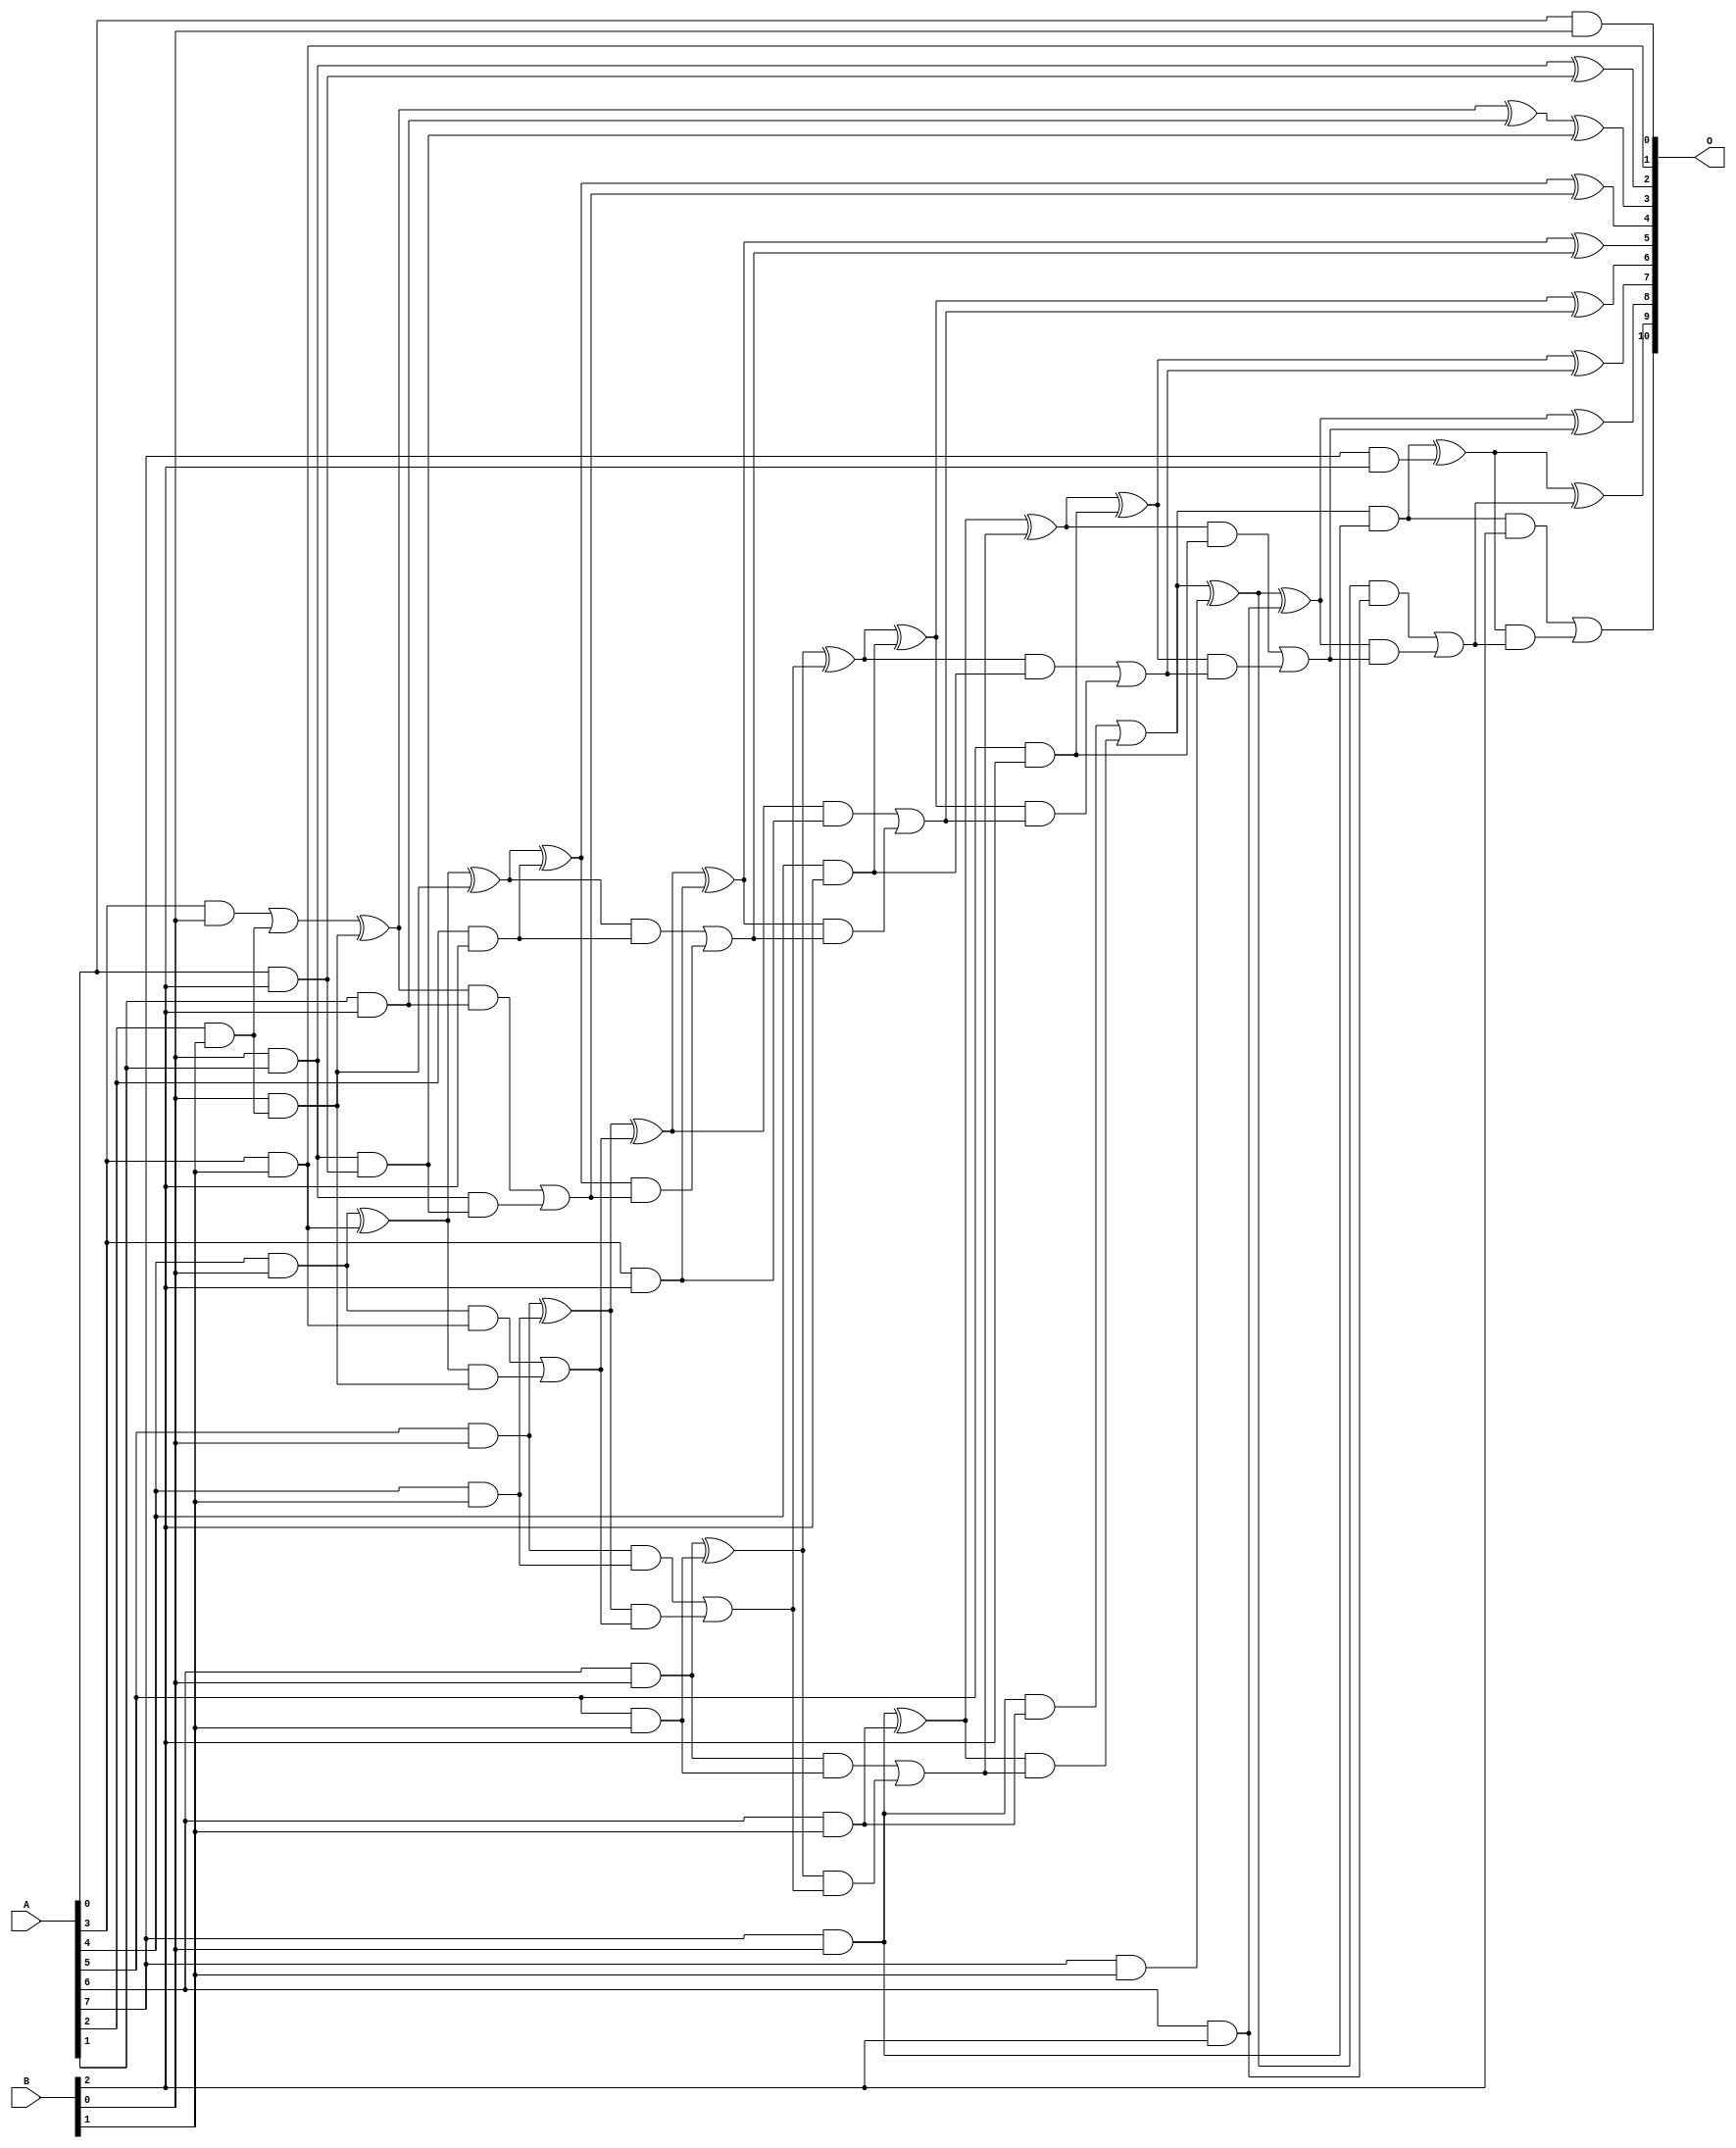
// This program was cloned from: https://github.com/ehw-fit/evoapproxlib
// License: MIT License

/***
* This code is a part of EvoApproxLib library (ehw.fit.vutbr.cz/approxlib) distributed under The MIT License.
* When used, please cite the following article(s): V. Mrazek, L. Sekanina, Z. Vasicek "Libraries of Approximate Circuits: Automated Design and Application in CNN Accelerators" IEEE Journal on Emerging and Selected Topics in Circuits and Systems, Vol 10, No 4, 2020 
* This file contains a circuit from a sub-set of pareto optimal circuits with respect to the pwr and mre parameters
***/
// MAE% = 0.082 %
// MAE = 1.7 
// WCE% = 0.29 %
// WCE = 6.0 
// WCRE% = 100.00 %
// EP% = 56.25 %
// MRE% = 1.71 %
// MSE = 6.0 
// PDK45_PWR = 0.067 mW
// PDK45_AREA = 186.8 um2
// PDK45_DELAY = 0.80 ns

module mul8x3u_1TK (
    A,
    B,
    O
);

input [7:0] A;
input [2:0] B;
output [10:0] O;

wire sig_11,sig_14,sig_15,sig_16,sig_17,sig_18,sig_21,sig_22,sig_23,sig_24,sig_25,sig_26,sig_30,sig_32,sig_34,sig_35,sig_37,sig_39,sig_40,sig_41;
wire sig_42,sig_43,sig_44,sig_45,sig_46,sig_47,sig_48,sig_49,sig_50,sig_51,sig_52,sig_53,sig_54,sig_55,sig_56,sig_57,sig_58,sig_59,sig_60,sig_61;
wire sig_62,sig_63,sig_64,sig_65,sig_66,sig_67,sig_68,sig_69,sig_70,sig_71,sig_72,sig_73,sig_74,sig_75,sig_76,sig_77,sig_78,sig_79,sig_80,sig_81;
wire sig_82,sig_83,sig_84,sig_85,sig_86,sig_87,sig_88,sig_89,sig_90,sig_91,sig_92,sig_93,sig_94,sig_95,sig_96,sig_97,sig_98,sig_99,sig_100,sig_101;
wire sig_102,sig_103,sig_104,sig_105;

assign sig_11 = A[0] & B[0];
assign sig_14 = A[3] & B[0];
assign sig_15 = A[4] & B[0];
assign sig_16 = A[5] & B[0];
assign sig_17 = A[6] & B[0];
assign sig_18 = A[7] & B[0];
assign sig_21 = A[2] & B[1];
assign sig_22 = A[3] & B[1];
assign sig_23 = A[4] & B[1];
assign sig_24 = A[5] & B[1];
assign sig_25 = A[6] & B[1];
assign sig_26 = A[7] & B[1];
assign sig_30 = B[0] & sig_21;
assign sig_32 = B[0] & A[1];
assign sig_34 = sig_14 | sig_21;
assign sig_35 = B[0] & sig_21;
assign sig_37 = sig_34 ^ sig_30;
assign sig_39 = sig_15 ^ sig_22;
assign sig_40 = sig_15 & sig_22;
assign sig_41 = sig_39 & sig_35;
assign sig_42 = sig_39 ^ sig_35;
assign sig_43 = sig_40 | sig_41;
assign sig_44 = sig_16 ^ sig_23;
assign sig_45 = sig_16 & sig_23;
assign sig_46 = sig_44 & sig_43;
assign sig_47 = sig_44 ^ sig_43;
assign sig_48 = sig_45 | sig_46;
assign sig_49 = sig_17 ^ sig_24;
assign sig_50 = sig_17 & sig_24;
assign sig_51 = sig_49 & sig_48;
assign sig_52 = sig_49 ^ sig_48;
assign sig_53 = sig_50 | sig_51;
assign sig_54 = sig_18 ^ sig_25;
assign sig_55 = sig_18 & sig_25;
assign sig_56 = sig_54 & sig_53;
assign sig_57 = sig_54 ^ sig_53;
assign sig_58 = sig_55 | sig_56;
assign sig_59 = sig_58 & sig_18;
assign sig_60 = sig_58 ^ sig_26;
assign sig_61 = A[0] & B[2];
assign sig_62 = A[1] & B[2];
assign sig_63 = A[2] & B[2];
assign sig_64 = A[3] & B[2];
assign sig_65 = A[4] & B[2];
assign sig_66 = A[5] & B[2];
assign sig_67 = A[6] & B[2];
assign sig_68 = A[7] & B[2];
assign sig_69 = sig_32 & sig_61;
assign sig_70 = sig_32 ^ sig_61;
assign sig_71 = sig_37 ^ sig_62;
assign sig_72 = sig_37 & sig_62;
assign sig_73 = sig_32 & sig_69;
assign sig_74 = sig_71 ^ sig_69;
assign sig_75 = sig_72 | sig_73;
assign sig_76 = sig_42 ^ sig_63;
assign sig_77 = sig_42 & sig_63;
assign sig_78 = sig_76 & sig_75;
assign sig_79 = sig_76 ^ sig_75;
assign sig_80 = sig_77 | sig_78;
assign sig_81 = sig_47 ^ sig_64;
assign sig_82 = sig_47 & sig_64;
assign sig_83 = sig_81 & sig_80;
assign sig_84 = sig_81 ^ sig_80;
assign sig_85 = sig_82 | sig_83;
assign sig_86 = sig_52 ^ sig_65;
assign sig_87 = sig_52 & sig_65;
assign sig_88 = sig_86 & sig_85;
assign sig_89 = sig_86 ^ sig_85;
assign sig_90 = sig_87 | sig_88;
assign sig_91 = sig_57 ^ sig_66;
assign sig_92 = sig_57 & sig_66;
assign sig_93 = sig_91 & sig_90;
assign sig_94 = sig_91 ^ sig_90;
assign sig_95 = sig_92 | sig_93;
assign sig_96 = sig_60 ^ sig_67;
assign sig_97 = sig_60 & sig_67;
assign sig_98 = sig_96 & sig_95;
assign sig_99 = sig_96 ^ sig_95;
assign sig_100 = sig_97 | sig_98;
assign sig_101 = sig_59 ^ sig_68;
assign sig_102 = sig_59 & B[2];
assign sig_103 = sig_101 & sig_100;
assign sig_104 = sig_101 ^ sig_100;
assign sig_105 = sig_102 | sig_103;

assign O[10] = sig_105;
assign O[9] = sig_104;
assign O[8] = sig_99;
assign O[7] = sig_94;
assign O[6] = sig_89;
assign O[5] = sig_84;
assign O[4] = sig_79;
assign O[3] = sig_74;
assign O[2] = sig_70;
assign O[1] = sig_22;
assign O[0] = sig_11;

endmodule